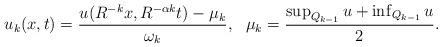
\begin{align*} \begin{aligned} u_k(x,t)=\frac{u(R^{-k}x,R^{-\alpha k}t)-\mu_{k}}{\omega_k},~~\mu_k=\frac{\sup_{Q_{k-1}}u+\inf_{Q_{k-1}}u}{2}. \end{aligned} \end{align*}